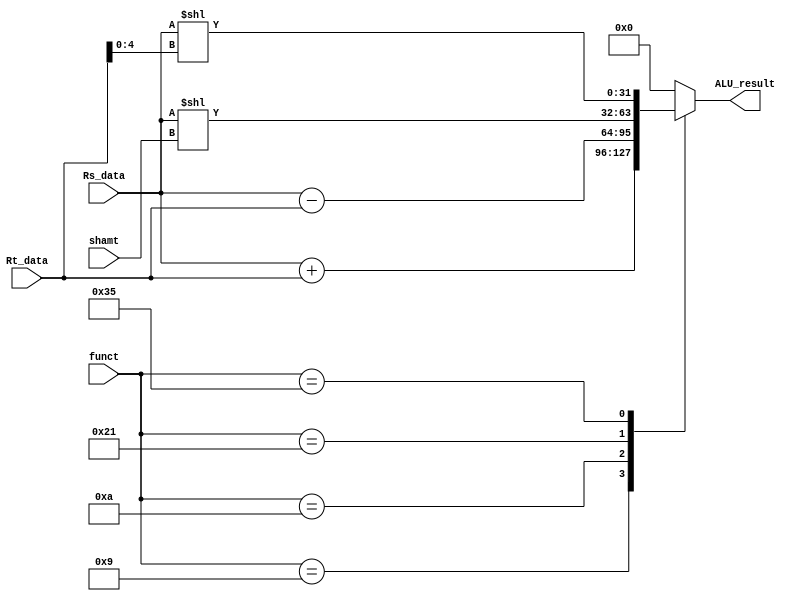
`define ADDU 6'b001001
`define SUBU 6'b001010
`define SLL 6'b100001
`define SLLV 6'b110101

module ALU(
    // Outputs
    output reg [31:0] ALU_result,
    // Inputs
    input [31:0] Rs_data,
    input [31:0] Rt_data,
    input [4:0] shamt,
    input [5:0] funct
);
    wire [31:0] ADDU_result, SUBU_result, SLL_result, SLLV_result;

    assign ADDU_result = Rs_data + Rt_data;
    assign SUBU_result = Rs_data - Rt_data;
    assign SLL_result = Rs_data << shamt;
    assign SLLV_result = Rs_data << Rt_data[4:0];

    always @(*) begin
        case(funct)
            `ADDU: ALU_result = ADDU_result;
            `SUBU: ALU_result = SUBU_result;
            `SLL: ALU_result = SLL_result;
            `SLLV: ALU_result = SLLV_result;
            default: ALU_result = 32'b0;
        endcase
    end

endmodule